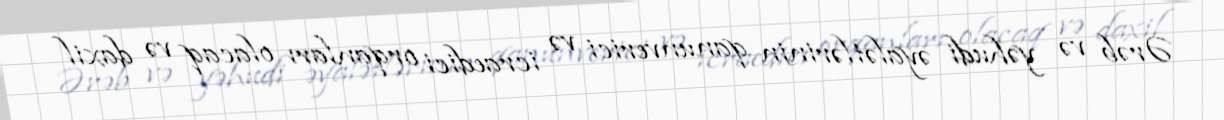
Ərəb və yəhudi əyalətlərinin qanunverici və icraedici orqanları olacaq və daxil